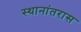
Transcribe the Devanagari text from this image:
स्थानांतरास